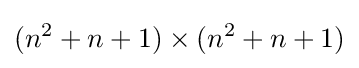
(n^{2}+n+1)\times (n^{2}+n+1)